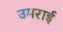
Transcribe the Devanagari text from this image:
उमराई